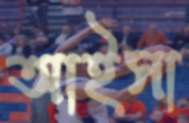
আইসা